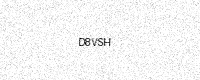
Text: D8VSH